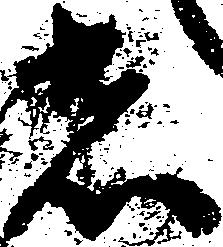
者